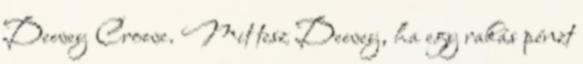
Dewey Crowe. Mit tesz Dewey, ha egy rakás pénzt